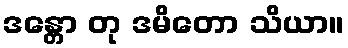
ဒန္တော တု ဒမိတော သိယာ။